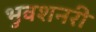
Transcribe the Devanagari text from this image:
भुवशनरी